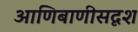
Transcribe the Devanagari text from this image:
आणिबाणीसदृश